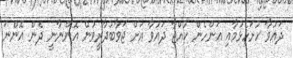
ދައުވާ ހުށަހެޅުމާއި އަންހެން ކުއްޖާ ދައުވާ އަށް ޖަވާބުދާރީވުން އޮންނާނީ ދެން އޮންނަ